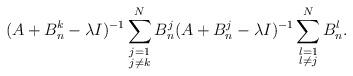
LaTeX: \begin{align*}(A+B^k_n-\lambda I)^{-1}\sum_{\substack{j=1\\j\neq k}}^NB^j_n (A+B^j_n-\lambda I)^{-1}\sum_{\substack{l=1\\l\neq j}}^NB^l_n.\end{align*}